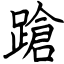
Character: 蹌